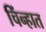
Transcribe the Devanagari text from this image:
चिंन्हात